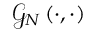
\mathcal { G } _ { N } \left( \cdot , \cdot \right)